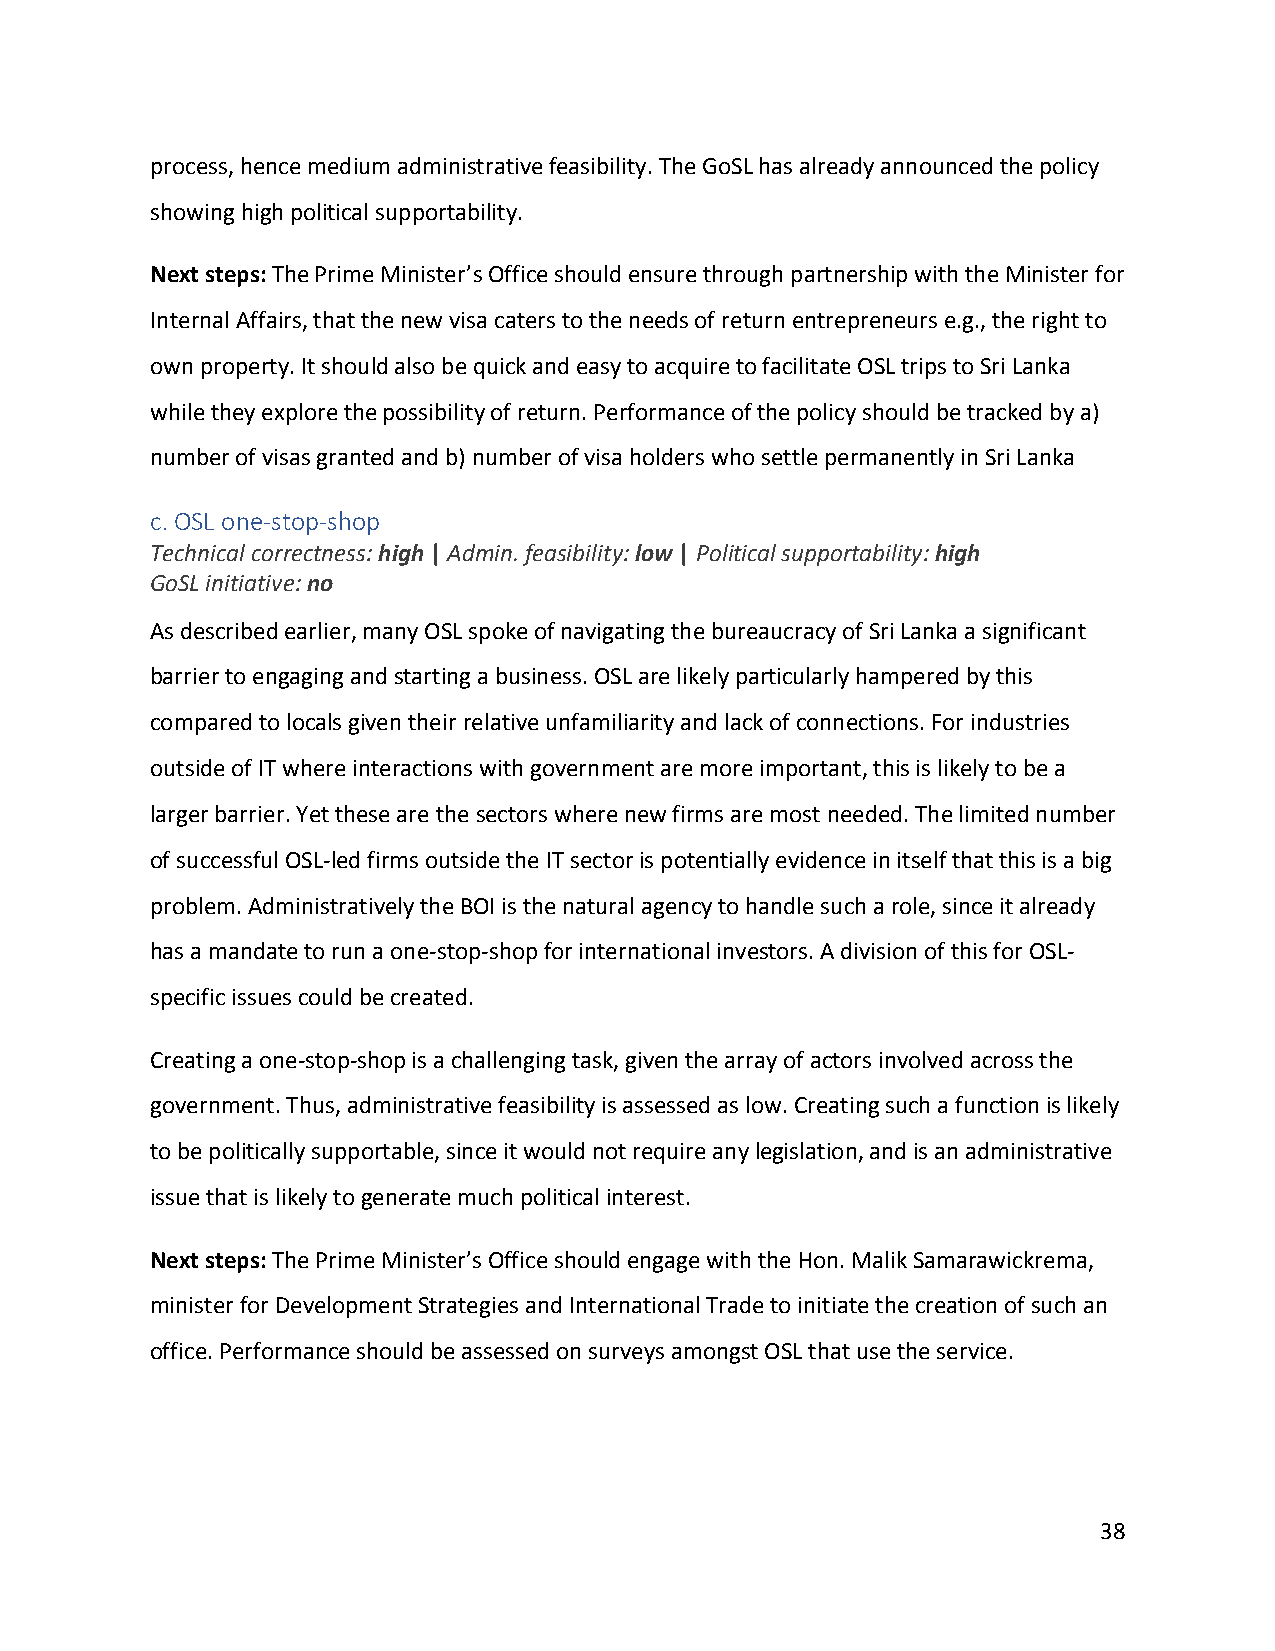
process, hence medium administrative feasibility. The GoSL has already announced the policy
 showing high political supportability.
 Next steps: The Prime Minister’s Office should ensure through partnership with the Minister for
 Internal Affairs, that the new visa caters to the needs of return entrepreneurs e.g., the right to
 own property. It should also be quick and easy to acquire to facilitate OSL trips to Sri Lanka
 while they explore the possibility of return. Performance of the policy should be tracked by a)
 number of visas granted and b) number of visa holders who settle permanently in Sri Lanka
 c. OSL one-stop-shop
 Technical correctness: high | Admin. feasibility: low | Political supportability: high
 GoSL initiative: no
 As described earlier, many OSL spoke of navigating the bureaucracy of Sri Lanka a significant
 barrier to engaging and starting a business. OSL are likely particularly hampered by this
 compared to locals given their relative unfamiliarity and lack of connections. For industries
 outside of IT where interactions with government are more important, this is likely to be a
 larger barrier. Yet these are the sectors where new firms are most needed. The limited number
 of successful OSL-led firms outside the IT sector is potentially evidence in itself that this is a big
 problem. Administratively the BOI is the natural agency to handle such a role, since it already
 has a mandate to run a one-stop-shop for international investors. A division of this for OSL-
 specific issues could be created.
 Creating a one-stop-shop is a challenging task, given the array of actors involved across the
 government. Thus, administrative feasibility is assessed as low. Creating such a function is likely
 to be politically supportable, since it would not require any legislation, and is an administrative
 issue that is likely to generate much political interest.
 Next steps: The Prime Minister’s Office should engage with the Hon. Malik Samarawickrema,
 minister for Development Strategies and International Trade to initiate the creation of such an
 office. Performance should be assessed on surveys amongst OSL that use the service.
 38